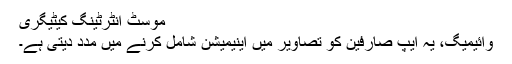
موسٹ انٹرٹینگ کیٹیگری
وائیمیگ، یہ ایپ صارفین کو تصاویر میں اینیمیشن شامل کرنے میں مدد دیتی ہے۔